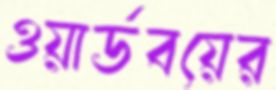
ওয়ার্ডবয়ের